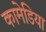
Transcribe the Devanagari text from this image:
कामेडिया